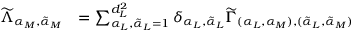
\begin{array} { r l } { \widetilde { \Lambda } _ { \alpha _ { M } , { \tilde { \alpha } } _ { M } } } & { = \sum _ { \alpha _ { L } , { \tilde { \alpha } } _ { L } = 1 } ^ { d _ { L } ^ { 2 } } \delta _ { \alpha _ { L } , { \tilde { \alpha } } _ { L } } \widetilde { \Gamma } _ { ( \alpha _ { L } , \alpha _ { M } ) , ( { \tilde { \alpha } } _ { L } , { \tilde { \alpha } } _ { M } ) } } \end{array}